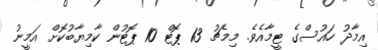
އިމާދު ހައުސްގެ ޓީމާއެވެ. މިމެޗު 13 ޕޮޓް 10 ޕޮޓުން ކާމިޔާބުކޮށް އަމީނު